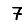
Digit: 7